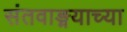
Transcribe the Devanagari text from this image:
संतवाङ्मयाच्या